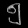
Digit: ၅